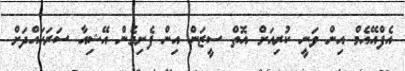
އެފްއޭއެމް އިން ވަނީ ކުރިއަށް އޮތް ސީޒަން އިން ފެށިގެން އޭޝިއާ ސަރަހައްދަށް